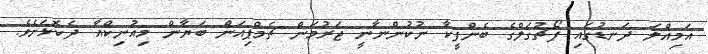
އަމިއްލަ ދަނޑުގައި ޕޯޗުގަލްގެ ބެންފީކާ ނުކުންނާނީ ޖަރުމަން ޗެމްޕިއަން ބަޔާން މިއުނިކްއާ ދެކޮޅަށެވެ.